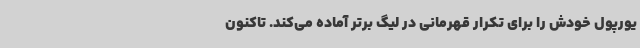
یورپول خودش را برای تکرار قهرمانی در لیگ برتر آماده می‌کند. تاکنون